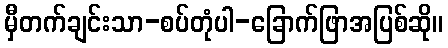
မှီတက်ချင်းသာ-စပ်တုံပါ-ခြောက်ဖြာအပြစ်ဆို။